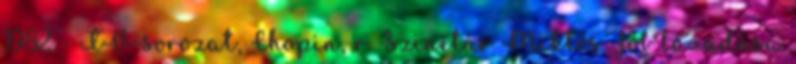
1982 - TV-sorozat, Chopin, r. Szinetár Miklós Jób lázadása